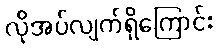
လိုအပ်လျက်ရှိကြောင်း